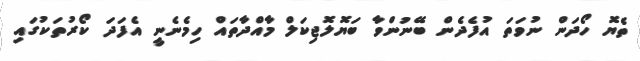
ތެޔޮ ހޯދަން ނުވަތަ އުފެދެން ބޭނުންވާ ބަޔޮލޮޖިކަލް މާއްދާތައް ހިމެނެނީ އެފަދަ ކޯރުތަކުގައި